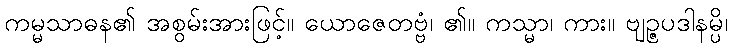
ကမ္မသာဓန၏ အစွမ်းအားဖြင့်။ ယောဇေတဗ္ဗံ၊ ၏။ ကသ္မာ၊ ကား။ ဗျဉ္ဇပဒါနမ္ပိ၊